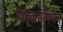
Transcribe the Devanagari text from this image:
पितृकर्मनिर्णय